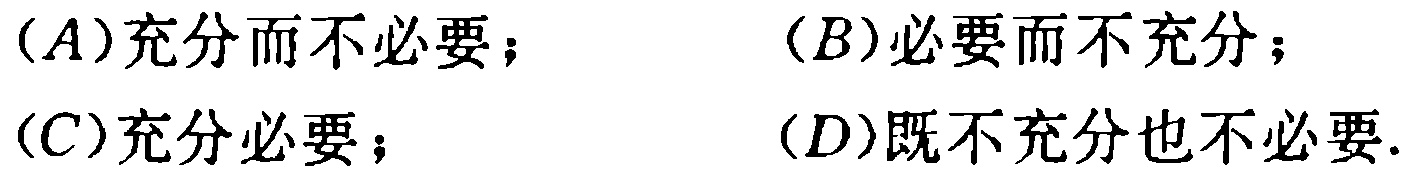
(A)充分而不必要； (B)必要而不充分；

(C)充分必要； (D)既不充分也不必要.